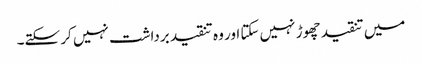
میں تنقید چھوڑ نہیں سکتا اور وہ تنقید برداشت نہیں کر سکتے۔